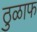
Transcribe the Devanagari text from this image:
ठुळाफ